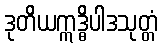
ဒုတိယဣဒ္ဓိပါဒသုတ္တံ